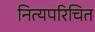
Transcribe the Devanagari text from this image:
नित्यपरिचित